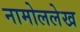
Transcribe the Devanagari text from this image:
नामोललेख